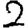
Digit: 2